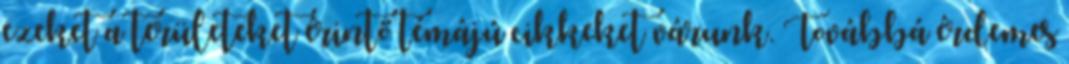
ezeket a területeket érintő témájú cikkeket várunk. Továbbá érdemes